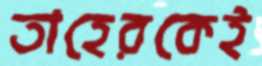
তাহেরকেই